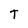
Character: T